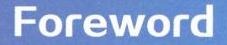
Foreword